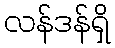
လန်ဒန်ရှိ